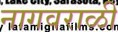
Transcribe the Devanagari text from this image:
नागवराळी